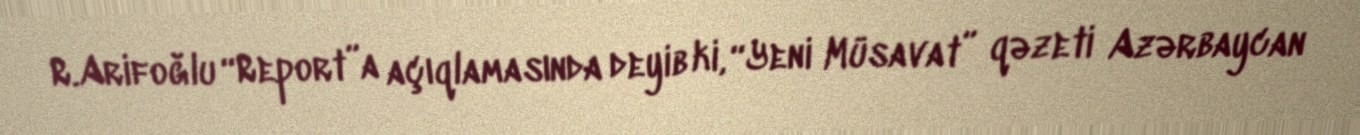
R.Arifoğlu “Report”a açıqlamasında deyib ki, “Yeni Müsavat” qəzeti Azərbaycan